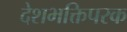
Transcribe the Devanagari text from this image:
देशभक्तिपरक